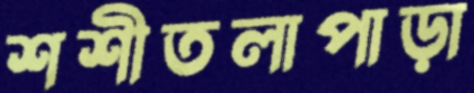
শশীতলাপাড়া